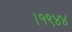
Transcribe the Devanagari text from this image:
।१९४४